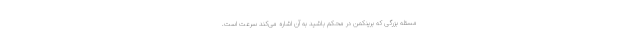
مسئلهٔ بزرگی که برینکمن در محکم باشید به آن اشاره می‌کند سرعت است.